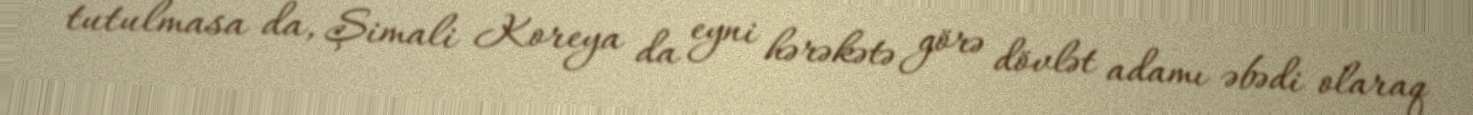
tutulmasa da, Şimali Koreya da eyni hərəkətə görə dövlət adamı əbədi olaraq